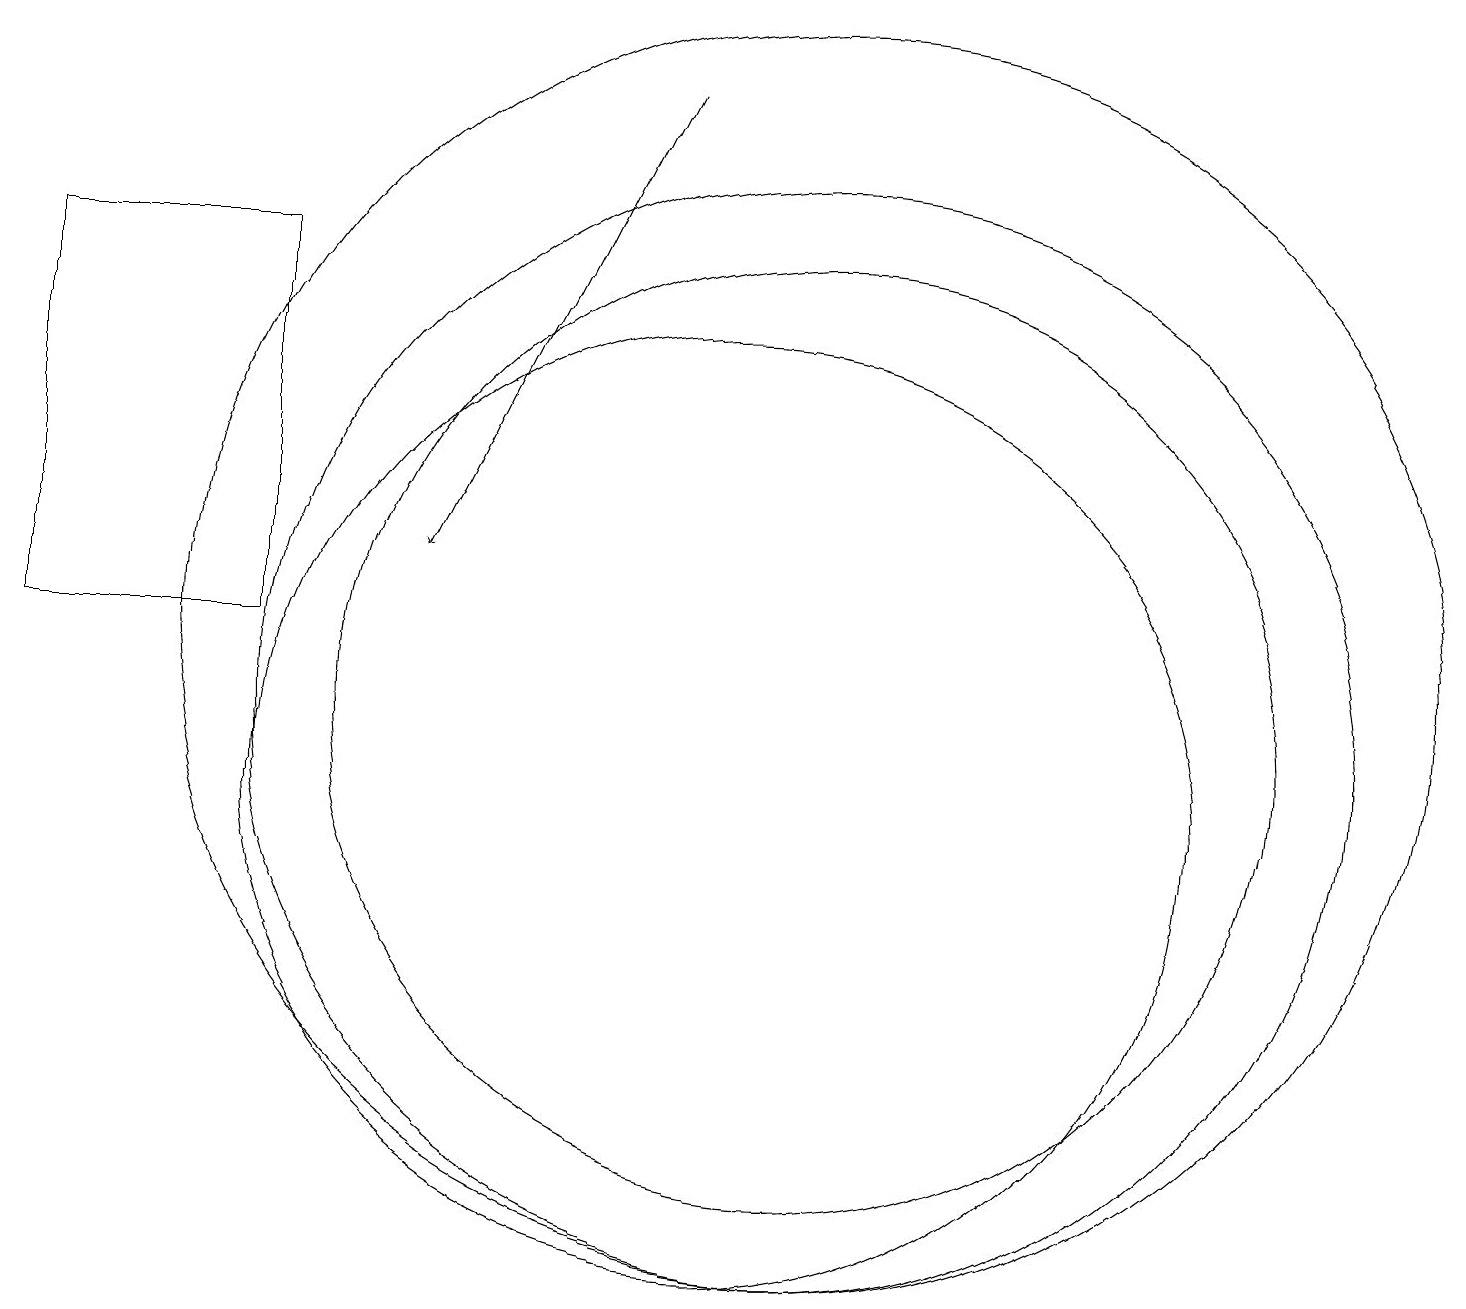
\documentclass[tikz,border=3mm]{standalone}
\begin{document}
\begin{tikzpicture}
\draw (11,11) circle (6);
\draw[->] (9,19) -- (6,13);
\draw (10,10) circle (6);
\draw (11,12) circle (8);
\draw (11,11) circle (7);
\draw (4,17) rectangle (1,12);
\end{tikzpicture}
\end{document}